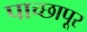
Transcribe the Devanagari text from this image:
पाच्छापूर